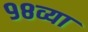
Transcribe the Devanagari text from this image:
९८व्या